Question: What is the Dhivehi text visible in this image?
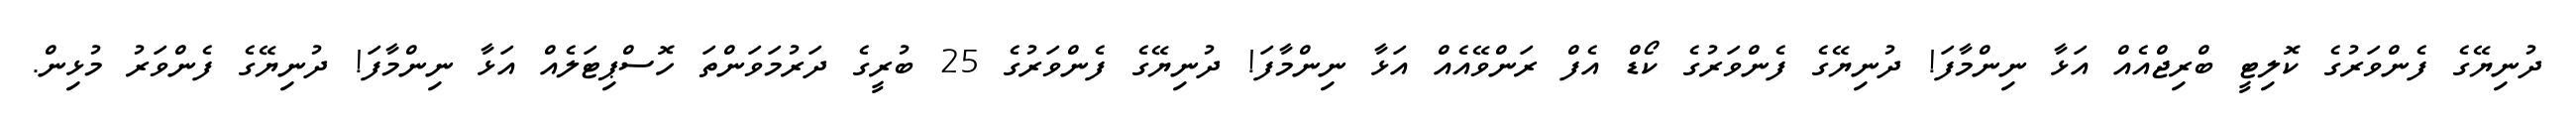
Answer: ދުނިޔޭގެ ފެންވަރުގެ ކޮލިޓީ ބްރިޖްއެއް އަޅާ ނިންމާފަ! ދުނިޔޭގެ ފެންވަރުގެ ކޯޑް އެފް ރަންވޭއެއް އަޅާ ނިންމާފަ! ދުނިޔޭގެ ފެންވަރުގެ 25 ބުރީގެ ދަރުމަވަންތަ ހޮސްޕިޓަލެއް އަޅާ ނިންމާފަ! ދުނިޔޭގެ ފެންވަރު މުޅިން.